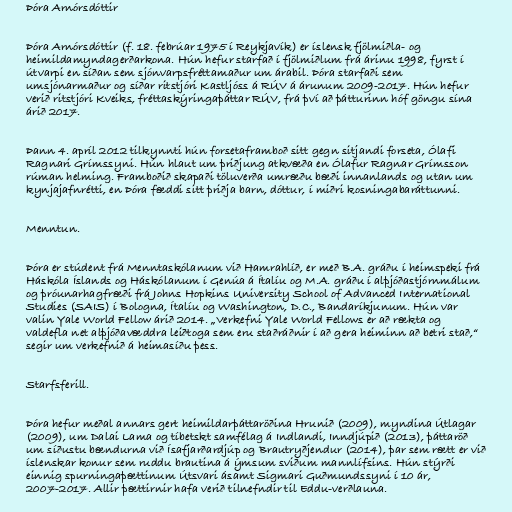
Þóra Arnórsdóttir

Þóra Arnórsdóttir (f. 18. febrúar 1975 í Reykjavík) er íslensk fjölmiðla- og
heimildamyndagerðarkona. Hún hefur starfað í fjölmiðlum frá árinu 1998, fyrst í
útvarpi en síðan sem sjónvarpsfréttamaður um árabil. Þóra starfaði sem
umsjónarmaður og síðar ritstjóri Kastljóss á RÚV á árunum 2009-2017. Hún hefur
verið ritstjóri Kveiks, fréttaskýringaþáttar RÚV, frá því að þátturinn hóf göngu sína
árið 2017.

Þann 4. apríl 2012 tilkynnti hún forsetaframboð sitt gegn sitjandi forseta, Ólafi
Ragnari Grímssyni. Hún hlaut um þriðjung atkvæða en Ólafur Ragnar Grímsson
rúman helming. Framboðið skapaði töluverða umræðu bæði innanlands og utan um
kynjajafnrétti, en Þóra fæddi sitt þriðja barn, dóttur, í miðri kosningabaráttunni.

Menntun.

Þóra er stúdent frá Menntaskólanum við Hamrahlíð, er með B.A. gráðu í heimspeki frá
Háskóla Íslands og Háskólanum í Genúa á Ítalíu og M.A. gráðu í alþjóðastjórnmálum
og þróunarhagfræði frá Johns Hopkins University School of Advanced International
Studies (SAIS) í Bologna, Ítalíu og Washington, D.C., Bandaríkjunum. Hún var
valin Yale World Fellow árið 2014. „Verkefni Yale World Fellows er að rækta og
valdefla net alþjóðavæddra leiðtoga sem eru staðráðnir í að gera heiminn að betri stað,“
segir um verkefnið á heimasíðu þess.

Starfsferill.

Þóra hefur meðal annars gert heimildarþáttaröðina Hrunið (2009), myndina Útlagar
(2009), um Dalai Lama og tíbetskt samfélag á Indlandi, Inndjúpið (2013), þáttaröð
um síðustu bændurna við Ísafjarðardjúp og Brautryðjendur (2014), þar sem rætt er við
íslenskar konur sem ruddu brautina á ýmsum sviðum mannlífsins. Hún stýrði
einnig spurningaþættinum Útsvari ásamt Sigmari Guðmundssyni í 10 ár,
2007-2017. Allir þættirnir hafa verið tilnefndir til Eddu-verðlauna.